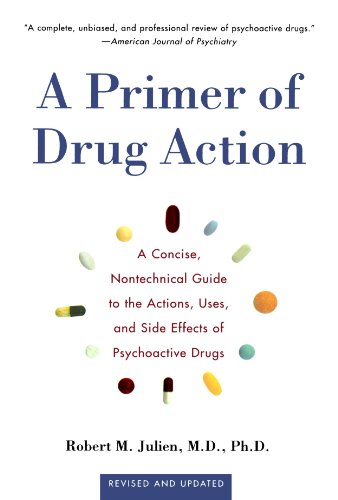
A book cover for A Primer of Drug Action: A Concise, Non-Technical Guide to the Actions, Uses, and Side Effects of Psychoactive Drugs; Robert M. Julien; Health, Fitness & Dieting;